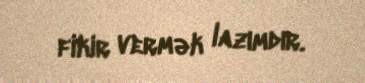
fikir vermək lazımdır.